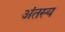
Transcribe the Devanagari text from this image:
अंतस्य